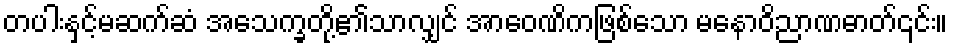
တပါးနှင့်မဆက်ဆံ အသေက္ခတို့၏သာလျှင် အာဝေဏိကဖြစ်သော မနောဝိညာဏဓာတ်၎င်း။